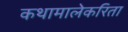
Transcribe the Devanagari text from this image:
कथामालेकरिता